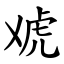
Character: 䖊